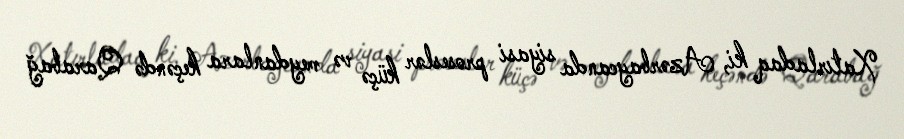
Xatırladaq ki, Azərbaycanda siyasi proseslər küçə və meydanlara keçəndə Qarabağ